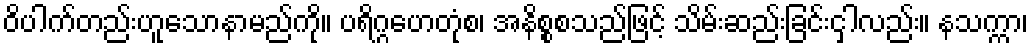
ဝိပါက်တည်းဟူသောနာမည်ကို။ ပရိဂ္ဂဟေတုံစ၊ အနိစ္စစသည်ဖြင့် သိမ်းဆည်းခြင်းငှါလည်း။ နသက္ကာ၊